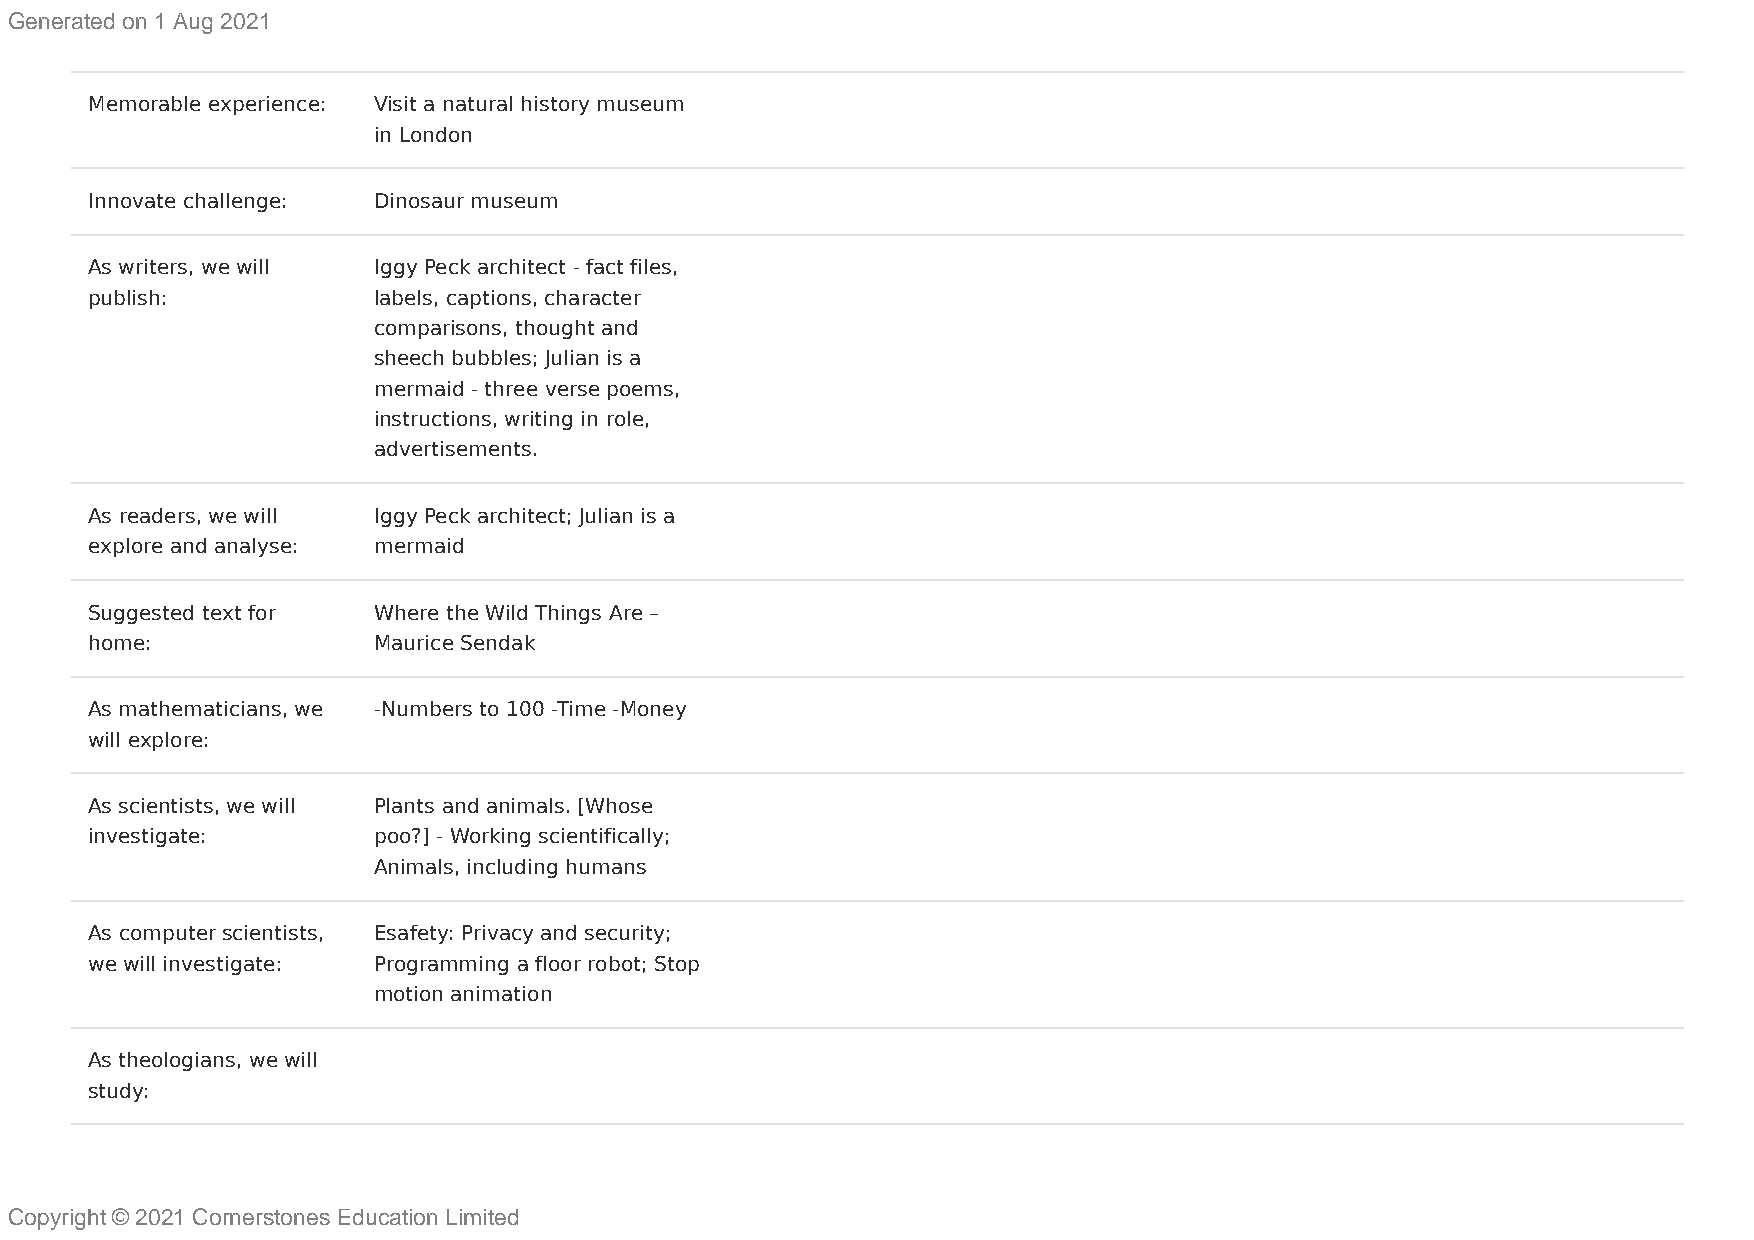
Generated on 1 Aug 2021
 Memorable experience: Visit a natural history museum
 in London
 Innovate challenge: Dinosaur museum
 As writers, we will Iggy Peck architect - fact files,
 publish:           labels, captions, character
 comparisons, thought and
 sheech bubbles; Julian is a
 mermaid - three verse poems,
 instructions, writing in role,
 advertisements.
 As readers, we will Iggy Peck architect; Julian is a
 explore and analyse: mermaid
 Suggested text for Where the Wild Things Are –
 home:              Maurice Sendak
 As mathematicians, we -Numbers to 100 -Time -Money
 will explore:
 As scientists, we will Plants and animals. [Whose
 investigate:       poo?] - Working scientifically;
 Animals, including humans
 As computer scientists, Esafety: Privacy and security;
 we will investigate: Programming a floor robot; Stop
 motion animation
 As theologians, we will
 study:
 Copyright © 2021 Cornerstones Education Limited